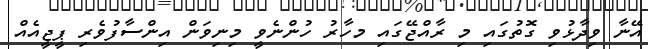
އޭނާ ވިދާޅުވި ގޮތުގައި މި ރާއްޖޭގައި މހާރު ހުންނެވީ މިނިވަން އިންސާފުވެރި ޕީޖީއެއް